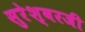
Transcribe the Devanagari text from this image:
सुरेश्वरजी